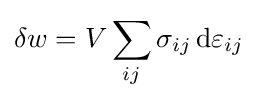
\delta w=V\sum _{ij}\sigma _{ij}\,\mathrm {d} \varepsilon _{ij}